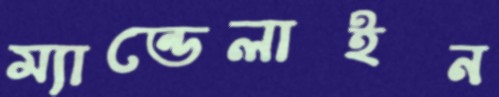
ম্যান্ডেলাইন